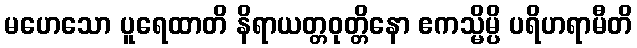
မဟေသော ပူရေထာတိ နိရာယတ္တဝုတ္တိနော ဧကသ္မိမ္ပိ ပရိဟရာမီတိ